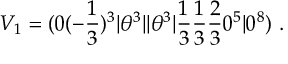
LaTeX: V _ { 1 } = ( 0 ( - { \frac { 1 } { 3 } } ) ^ { 3 } \vert \theta ^ { 3 } \vert \vert \theta ^ { 3 } \vert { \frac { 1 } { 3 } } { \frac { 1 } { 3 } } { \frac { 2 } { 3 } } 0 ^ { 5 } \vert 0 ^ { 8 } ) ~ .